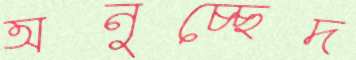
অনুচ্ছেদ